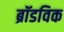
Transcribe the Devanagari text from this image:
ब्रॉडविक